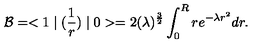
{ \cal B } = < 1 \mid ( { \frac { 1 } { r } } ) \mid 0 > = 2 ( \lambda ) ^ { { \frac { 3 } { 2 } } } \int _ { 0 } ^ { R } r e ^ { - \lambda r ^ { 2 } } d r .